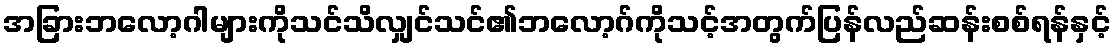
အခြားဘလော့ဂါများကိုသင်သိလျှင်သင်၏ဘလော့ဂ်ကိုသင့်အတွက်ပြန်လည်ဆန်းစစ်ရန်နှင့်